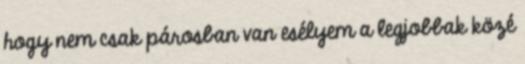
hogy nem csak párosban van esélyem a legjobbak közé